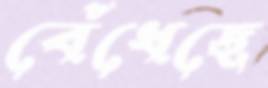
বেঁধেছে